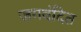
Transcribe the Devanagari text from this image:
जगवंदित